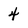
Character: 4